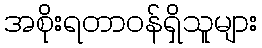
အစိုးရတာဝန်ရှိသူများ